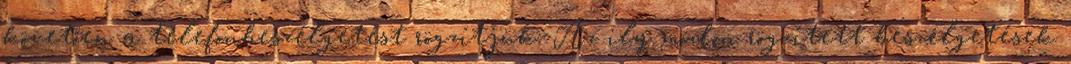
követően a telefonbeszélgetést rögzítjük. Az ily módon rögzített beszélgetések